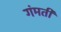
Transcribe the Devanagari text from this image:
गंमती